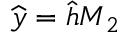
\widehat { \boldsymbol { y } } = \widehat { \boldsymbol { h } } \boldsymbol { M } _ { 2 }